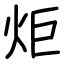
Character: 炬